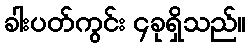
ခါးပတ်ကွင်း ၄ခုရှိသည်။